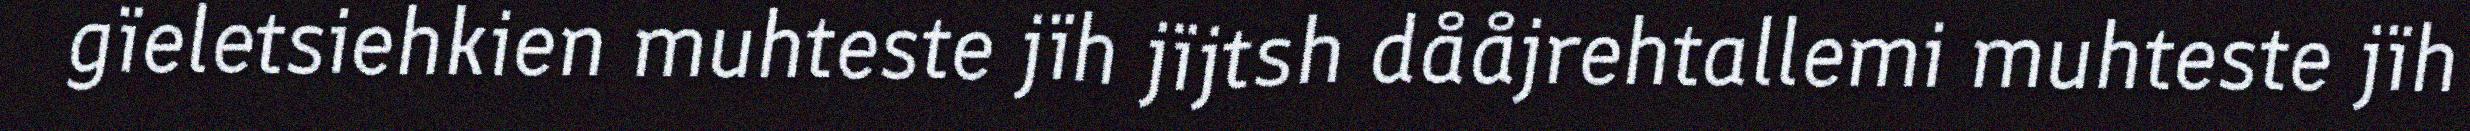
gïeletsiehkien muhteste jïh jïjtsh dååjrehtallemi muhteste jïh